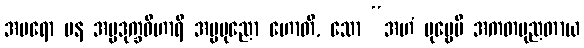
အပရော ပန အပ္ပဒုက္ခဝိဟာရီ အပ္ပပုညော ဟောတိ, သော “အဟံ ပုဗ္ဗေပိ အကတပုညတာယ